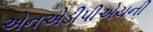
એનએડીપીએચની